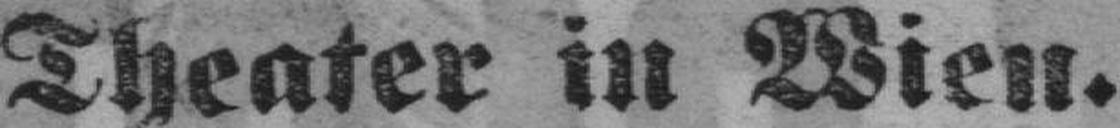
Theater in Wien.